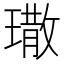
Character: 𤩀